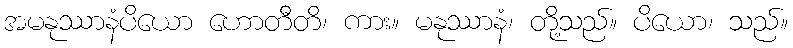
အမနုဿာနံပိယော ဟောတီတိ၊ ကား။ မနုဿာနံ၊ တို့သည်။ ပိယော၊ သည်။